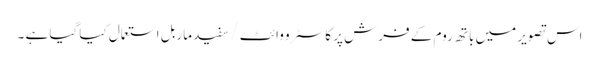
اس تصویر میں باتھ روم کے فرش پر کاسٹرو وائٹ / سفید ماربل استعمال کیا گیا ہے ۔